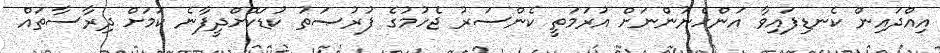
އިއްދައިން ކެނޑިފައިވާ އަންހެނުންނަށް އުރަމަތީ ކެންސަރު ޖެހުމުގެ ފުރުޞަތު ކުޑަކޮށްދީފާނެ ކަމަށް ދިރާސާތައް